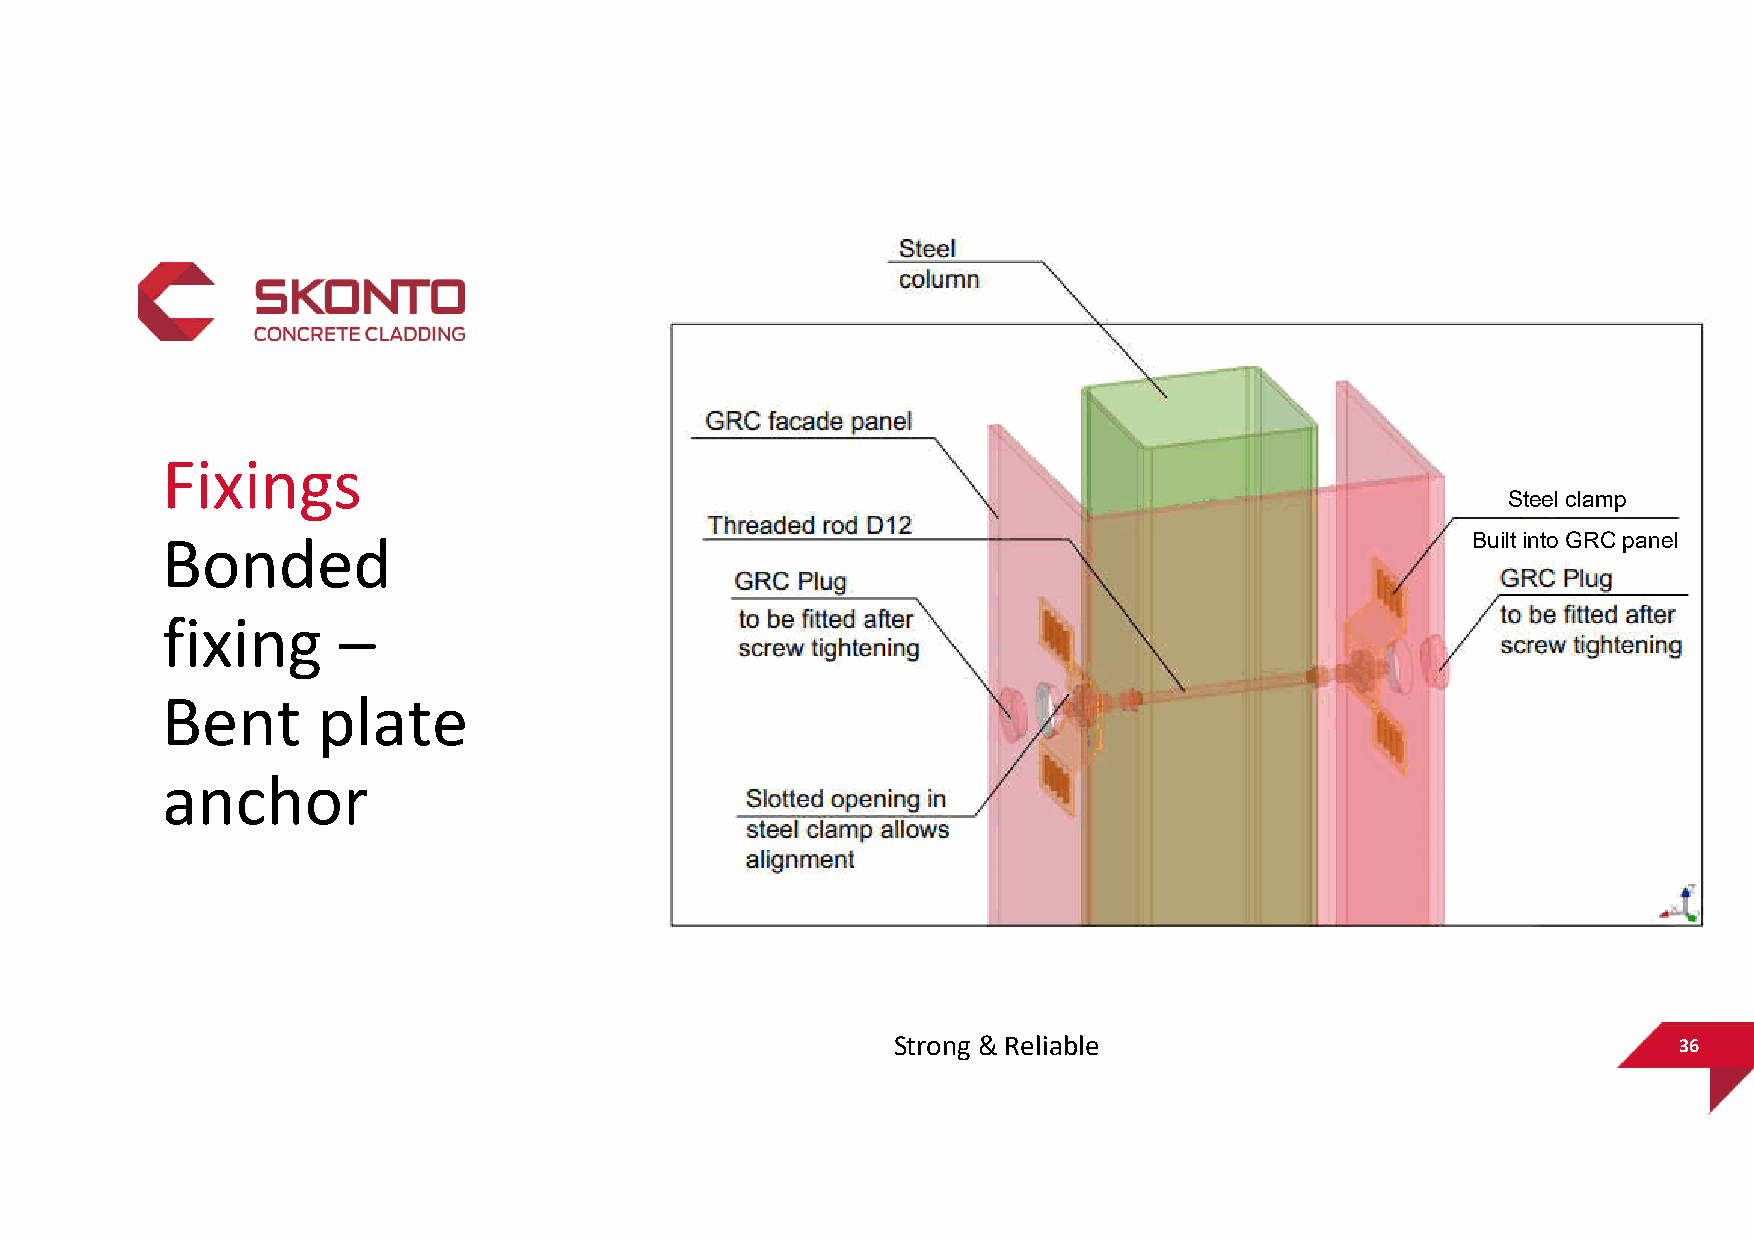
Fixings
 Steel clamp
 Bonded                                                                                Built into GRC panel
 fixing     –
 Bent      plate
 anchor
 Strong & Reliable                                   36